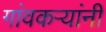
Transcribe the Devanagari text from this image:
गांवकऱ्यांनी